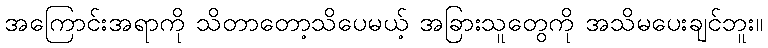
အကြောင်းအရာကို သိတာတော့သိပေမယ့် အခြားသူတွေကို အသိမပေးချင်ဘူး။